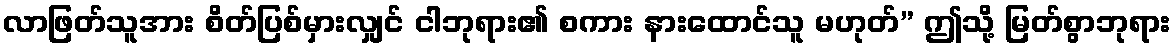
လာဖြတ်သူအား စိတ်ပြစ်မှားလျှင် ငါဘုရား၏ စကား နားထောင်သူ မဟုတ်” ဤသို့ မြတ်စွာဘုရား